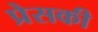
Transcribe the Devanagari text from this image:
प्रेसकी